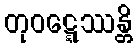
တုဝဋ္ဋေဿန္တိ